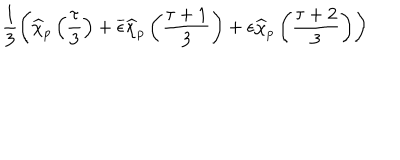
LaTeX: \frac { 1 } { 3 } \left( \widehat { \chi } _ { p } \left( \frac { \tau } { 3 } \right) + \overline { { { \epsilon } } } \widehat { \chi } _ { p } \left( \frac { \tau + 1 } { 3 } \right) + \epsilon \widehat { \chi } _ { p } \left( \frac { \tau + 2 } { 3 } \right) \right)